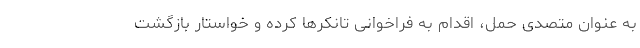
به عنوان متصدی حمل، اقدام به فراخوانی تانکرها کرده و خواستار بازگشت